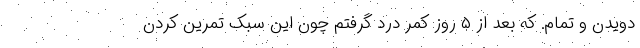
دویدن و تمام. که بعد از ۵ روز کمر درد گرفتم چون این سبک تمرین کردن